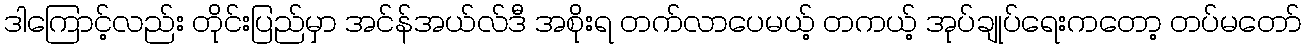
ဒါကြောင့်လည်း တိုင်းပြည်မှာ အင်န်အယ်လ်ဒီ အစိုးရ တက်လာပေမယ့် တကယ့် အုပ်ချုပ်ရေးကတော့ တပ်မတော်